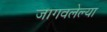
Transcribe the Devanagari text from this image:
जागवलेल्या